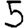
Digit: 5